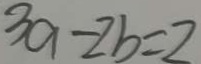
3 9 - 2 b = 2